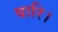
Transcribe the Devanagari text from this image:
बारि।